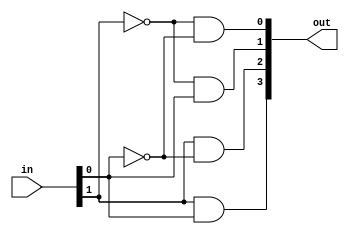
module decoder_2to4_1hot(
	input[1:0] in,
	output[3:0] out);

	assign out[0] = ~in[1] & ~in[0]; 
	assign out[1] = ~in[1] & in[0]; 
	assign out[2] = in[1] & ~in[0]; 
	assign out[3] = in[1] & in[0]; 
	
endmodule